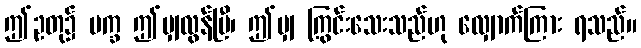
ဤဥတု၌ ပက္ခ ဤမျှလွန်ပြီ၊ ဤမျှ ကြွင်းသေးသည်ဟု လျှောက်ကြား ရသည်။